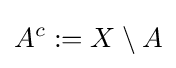
A^{c}:=X\setminus A